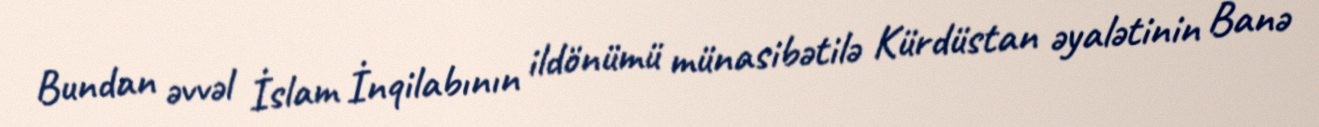
Bundan əvvəl İslam İnqilabının ildönümü münasibətilə Kürdüstan əyalətinin Banə